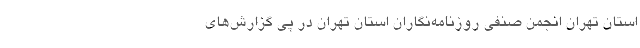
استان تهران انجمن صنفی روزنامه‌نگاران استان تهران در پی گزارش‌های